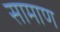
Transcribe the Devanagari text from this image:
सामाण